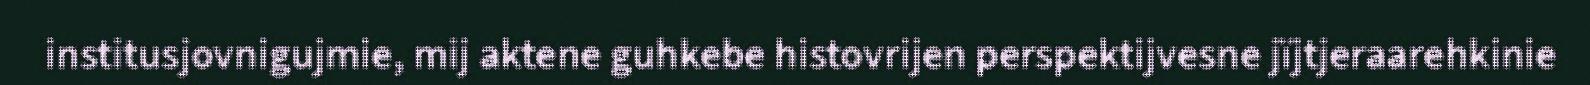
institusjovnigujmie, mij aktene guhkebe histovrijen perspektijvesne jïjtjeraarehkinie